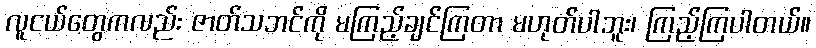
လူငယ်တွေကလည်း ဇာတ်သဘင်ကို မကြည့်ချင်ကြတာ မဟုတ်ပါဘူး၊ ကြည့်ကြပါတယ်။